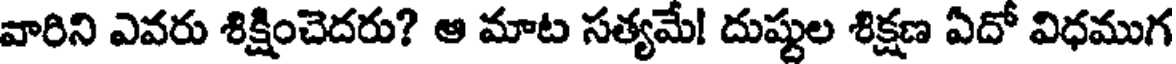
వారిని ఎవరు శిక్షించెదరు? ఆ మాట సత్యమే! దుష్టుల శిక్షణ ఏదో విధముగ